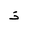
Letter: _thal